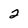
Character: 2